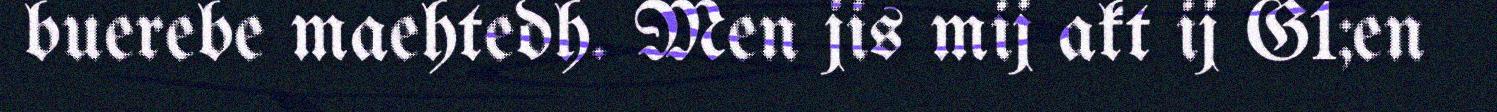
buerebe maehtedh. Men jis mij akt ij G1;en